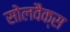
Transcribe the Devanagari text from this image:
सोलवैक्स